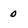
Character: 0